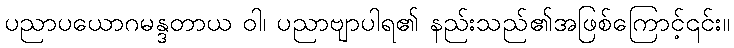
ပညာပယောဂမန္ဒတာယ ဝါ၊ ပညာဗျာပါရ၏ နည်းသည်၏အဖြစ်ကြောင့်၎င်း။